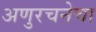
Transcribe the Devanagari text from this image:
अणुरचनेचा